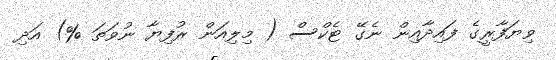
ވިޔަފާރީގެ ފައިދާއިން ނެގޭ ޓެކްސް ( މިލިއަން ރުފިޔާ ނުވަތަ %) އަދި